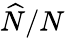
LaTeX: \widehat{N}/N